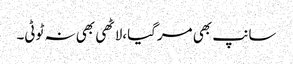
سانپ بھی مرگیا،لاٹھی بھی نہ ٹوٹی۔